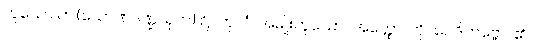
ဟူသော ဤ(သောဏဒဏ္ဍသုတ်) ၌။ ကုလံ၊ အမျိုးဟူသော။ အတ္ထော၊ ကို။ ဝေဒိတဗ္ဗော၊ ၏။